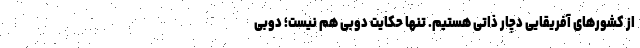
از کشورهای آفریقایی دچار ذاتی هستیم. تنها حکایت دوبی هم نیست؛ دوبی